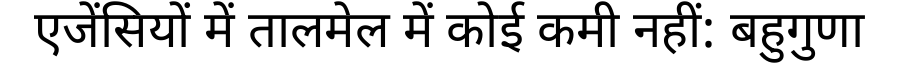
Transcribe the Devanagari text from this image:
एजेंसियों में तालमेल में कोई कमी नहीं: बहुगुणा